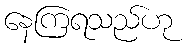
နေကြရသည်ဟု